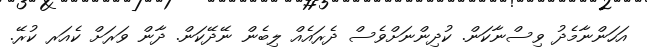
އަހަންނާމެދު ވިސްނާކަން. ކުދިންނަށްވެސް ދެރައެއް ލިބެން ނޭދޭކަން. ދާން ވަރަށް ކެއަރ ކުރޭ.